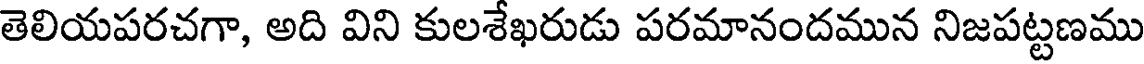
తెలియపరచగా, అది విని కులశేఖరుడు పరమానందమున నిజపట్టణము